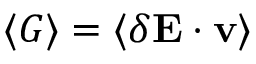
\langle G \rangle = \langle \delta \mathbf { E } \cdot \mathbf { v } \rangle